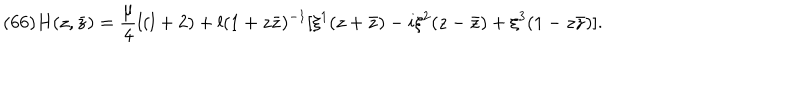
( 6 6 ) H ( z , \bar { z } ) = \frac { \mu } { 4 } l ( l + 2 ) + l ( 1 + z \bar { z } ) ^ { - 1 } [ \xi ^ { 1 } ( z + \bar { z } ) - i \xi ^ { 2 } ( z - \bar { z } ) + \xi ^ { 3 } ( 1 - z \bar { z } ) ] .